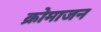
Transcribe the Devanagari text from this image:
क्रोमाजन